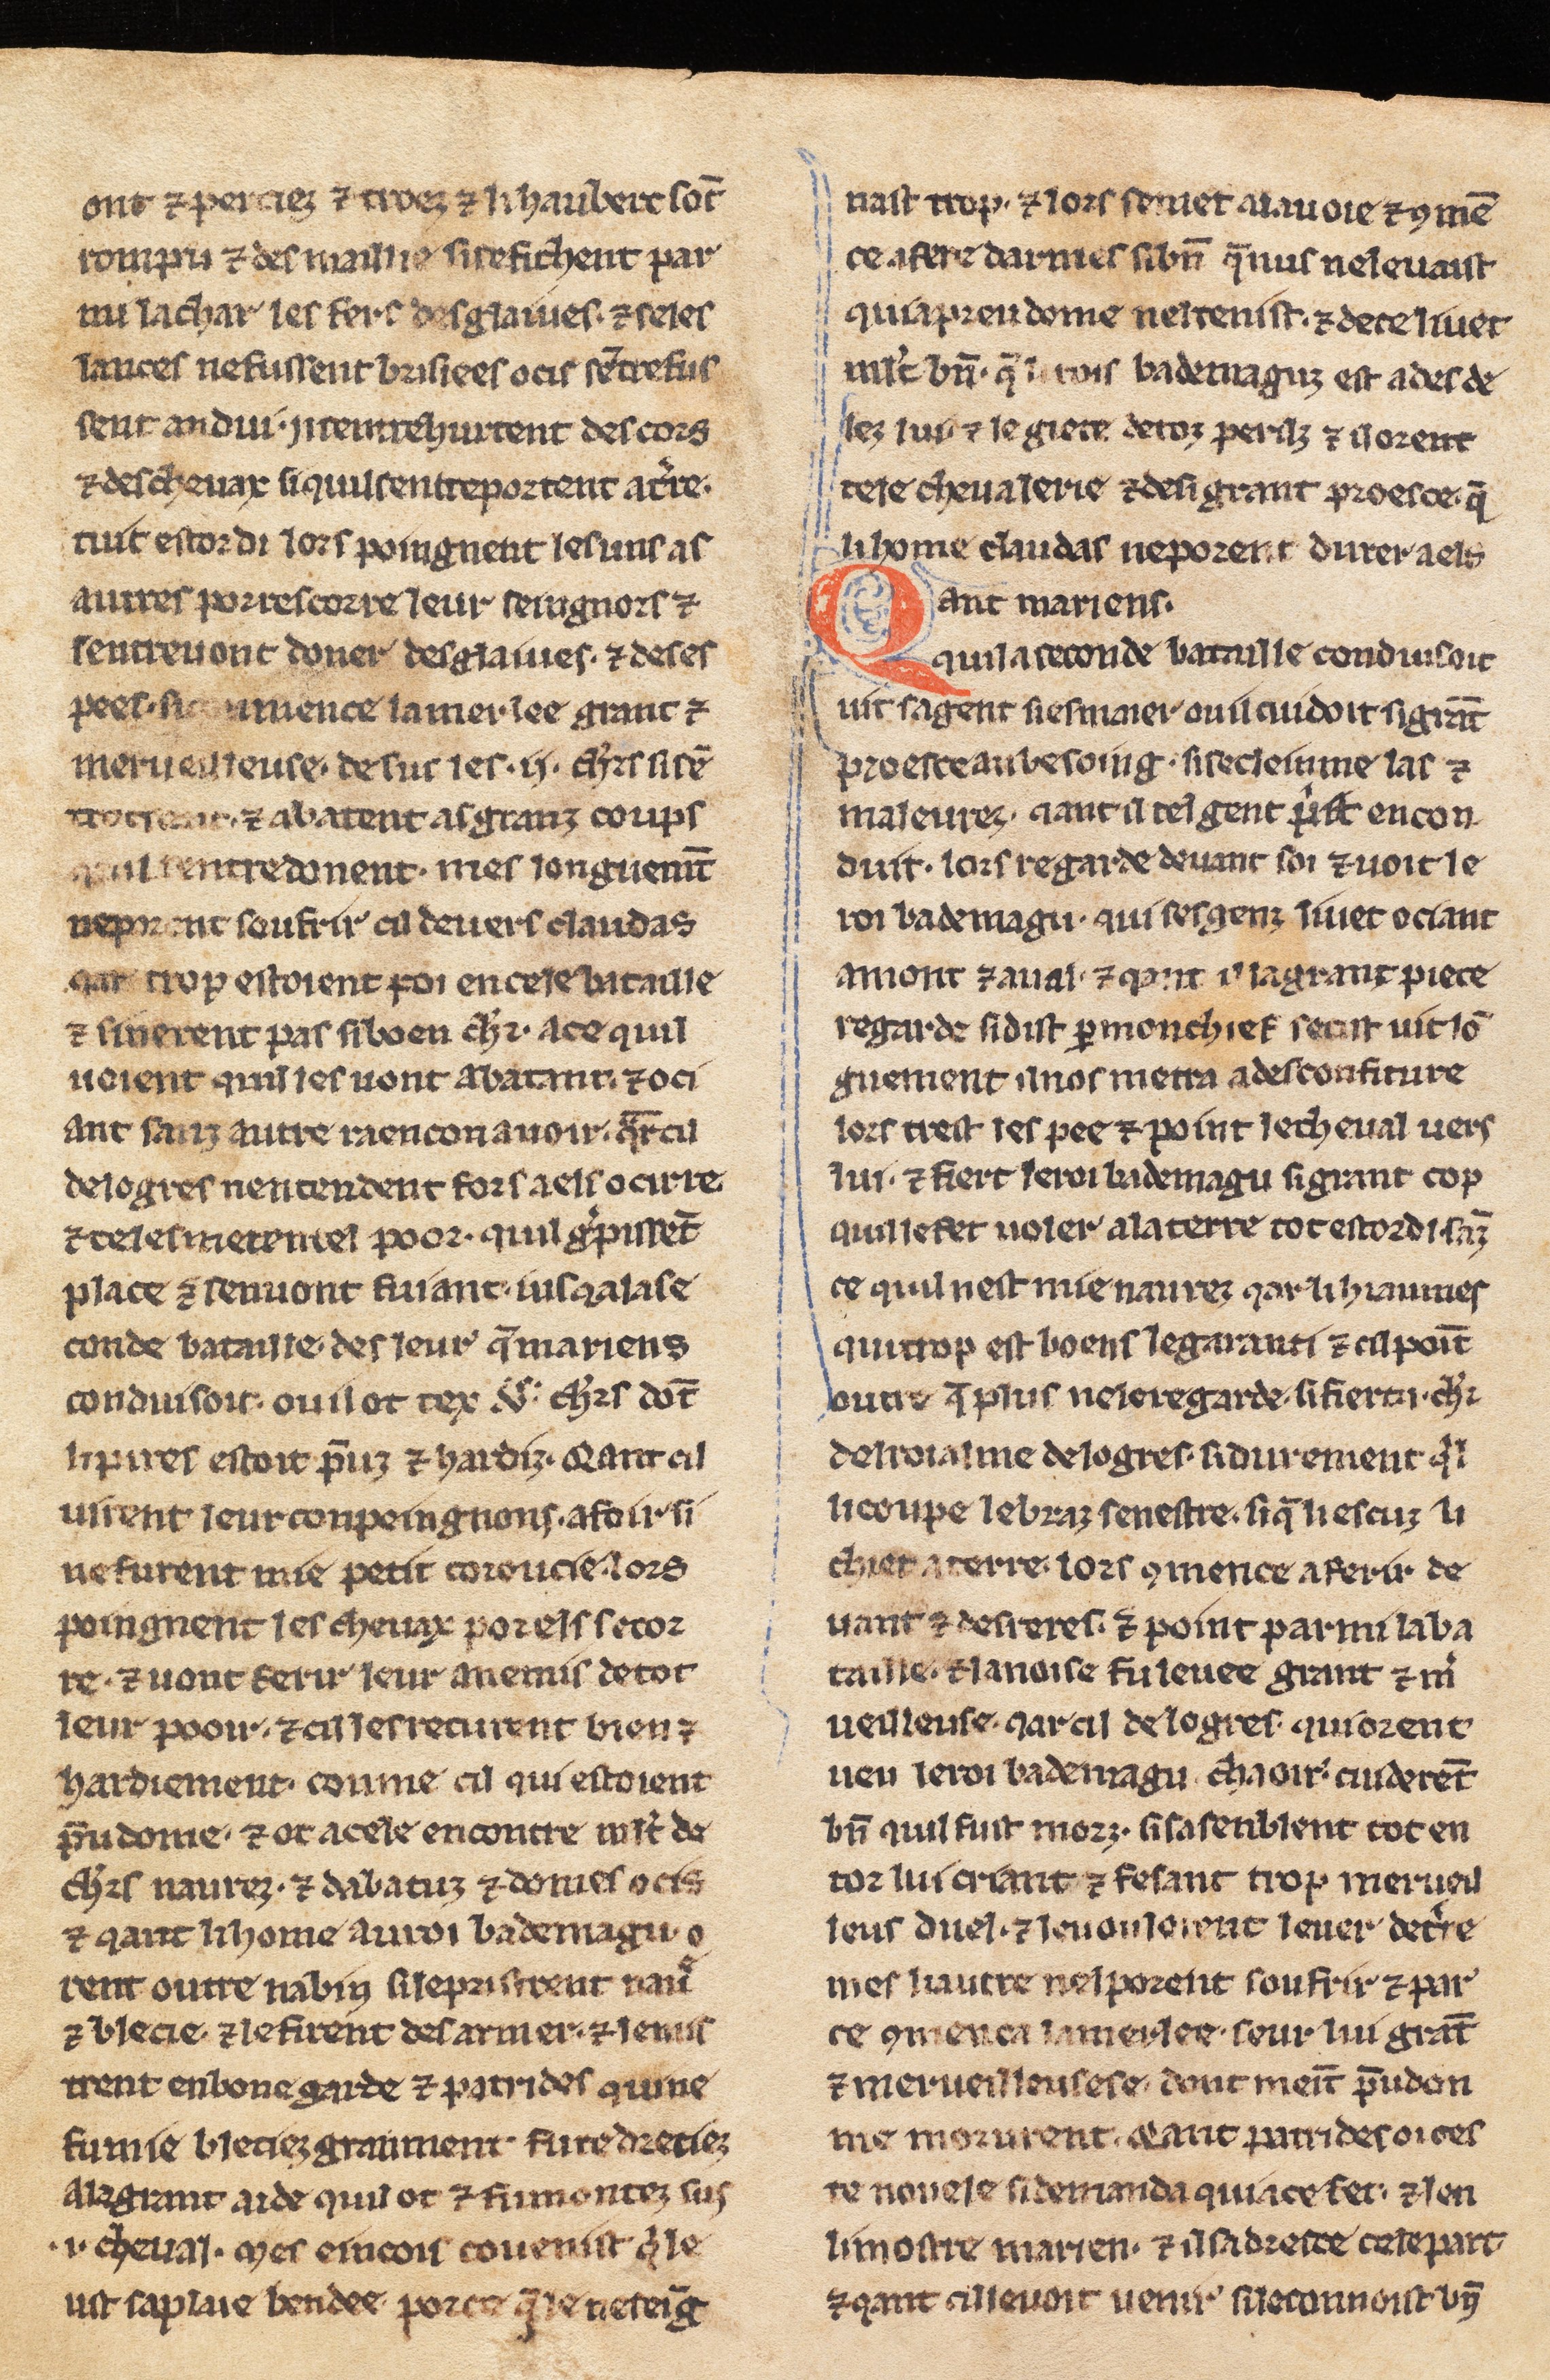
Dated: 1275–1299